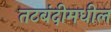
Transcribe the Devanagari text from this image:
तटबंदीमधील